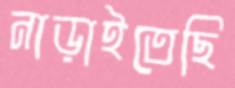
নাড়াইতেছি